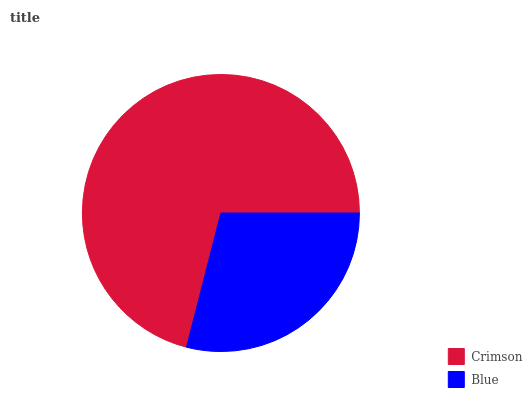
| Crimson | Blue |
 | --- | --- |
 | 71% | 29% |